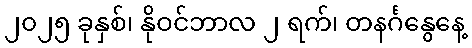
၂၀၂၅ ခုနှစ်၊ နိုဝင်ဘာလ ၂ ရက်၊ တနင်္ဂနွေနေ့